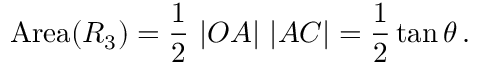
\mathrm { A r e a } ( R _ { 3 } ) = { \frac { 1 } { 2 } } \ | O A | \ | A C | = { \frac { 1 } { 2 } } \tan \theta \, .